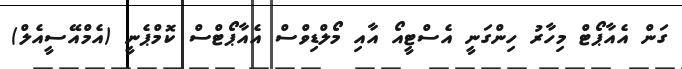
ގަން އެއާޕޯޓް މިހާރު ހިންގަނީ އެސްޓީއޯ އާއި މޯލްޑިވްސް އެއާޕޯޓްސް ކޮމްޕެނީ (އެމްއޭސީއެލް)